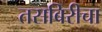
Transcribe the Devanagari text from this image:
तसबिरीचा